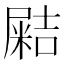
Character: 𡳛